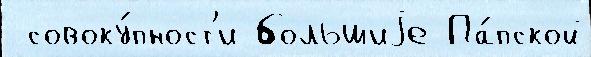
 совоку́пност'и большиjе Па́пской